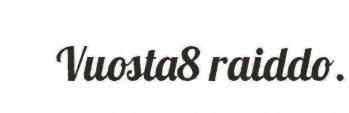
Vuosta8 raiddo.